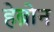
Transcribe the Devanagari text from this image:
हेब्रोन